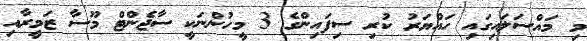
މި މައްސަލައިގައި ހައްޔަރު ކުރި ސިފައިންގެ 3 މީހުންނަކީ ސާޖެންޓް މޫސާ ޒަމީރާއި